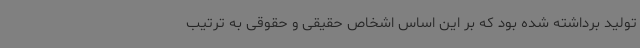
تولید برداشته شده بود که بر این اساس اشخاص حقیقی و حقوقی به ترتیب